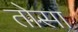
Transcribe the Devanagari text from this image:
तोसा